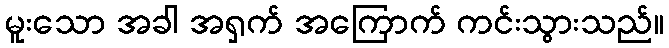
မူးသော အခါ အရှက် အကြောက် ကင်းသွားသည်။